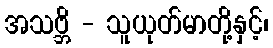
အသဗ္ဘိ - သူယုတ်မာတို့နှင့်၊